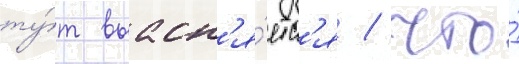
ту́т выасн'я́етс'я / что́